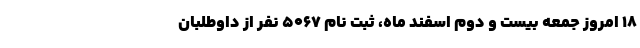
۱۸ امروز جمعه بیست و دوم اسفند ماه، ثبت نام 5067 نفر از داوطلبان